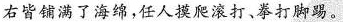
右皆铺满了海绵，任人摸爬滚打、拳打脚踢。